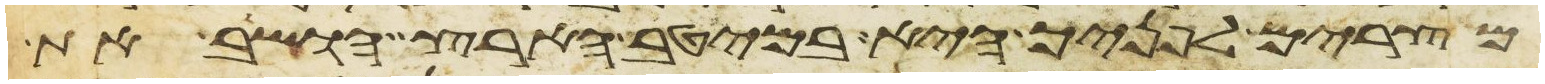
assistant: מצרים לפניך היא במיטב הארץ הושב את